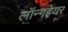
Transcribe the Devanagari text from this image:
लॉन्गहेयर